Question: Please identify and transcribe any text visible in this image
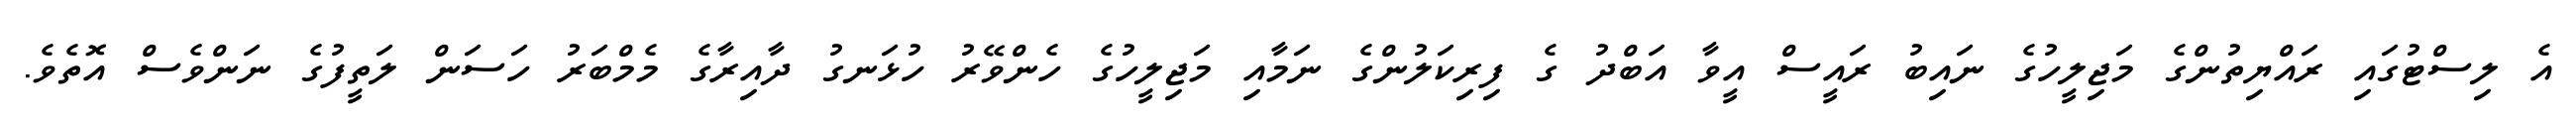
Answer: އެ ލިސްޓުގައި ރައްޔިތުންގެ މަޖިލީހުގެ ނައިބު ރައީސް އީވާ އަބްދު ގެ ފިރިކަލުންގެ ނަމާއި މަޖިލީހުގެ ހެންވޭރު ހުޅަނގު ދާއިރާގެ މެމްބަރު ހަސަން ލަތީފުގެ ނަންވެސް އޮތެވެ.